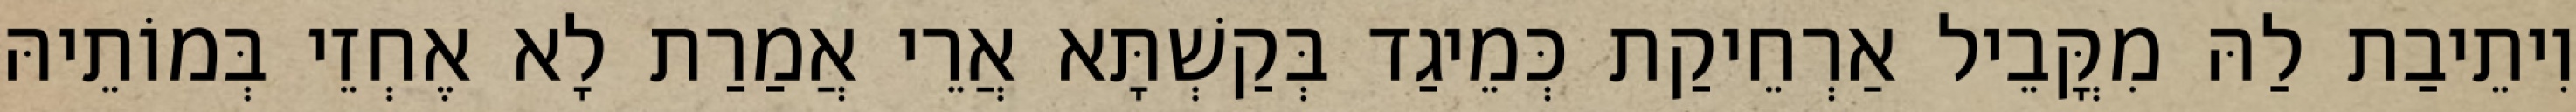
וִיתֵיבַת לַהּ מִקֳּבֵיל אַרְחֵיקַת כְּמֵיגַד בְּקַשְׁתָּא אֲרֵי אֲמַרַת לָא אֶחְזֵי בְּמוֹתֵיהּ